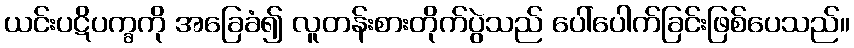
ယင်းပဋိပက္ခကို အခြေခံ၍ လူတန်းစားတိုက်ပွဲသည် ပေါ်ပေါက်ခြင်းဖြစ်ပေသည်။